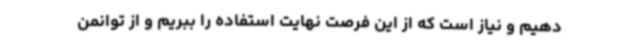
دهیم و نیاز است که از این فرصت نهایت استفاده را ببریم و از توانمن